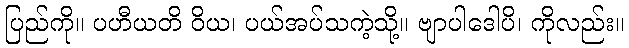
ပြည်ကို။ ပဟီယတိ ဝိယ၊ ပယ်အပ်သကဲ့သို့။ ဗျာပါဒေါပိ၊ ကိုလည်း။